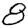
Digit: 8